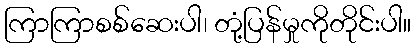
ကြာကြာစစ်ဆေးပါ၊ တုံ့ပြန်မှုကိုတိုင်းပါ။